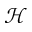
\mathcal { H }